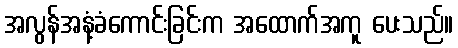
အလွန်အနံ့ခံကောင်းခြင်းက အထောက်အကူ ပေးသည်။